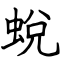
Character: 蛻